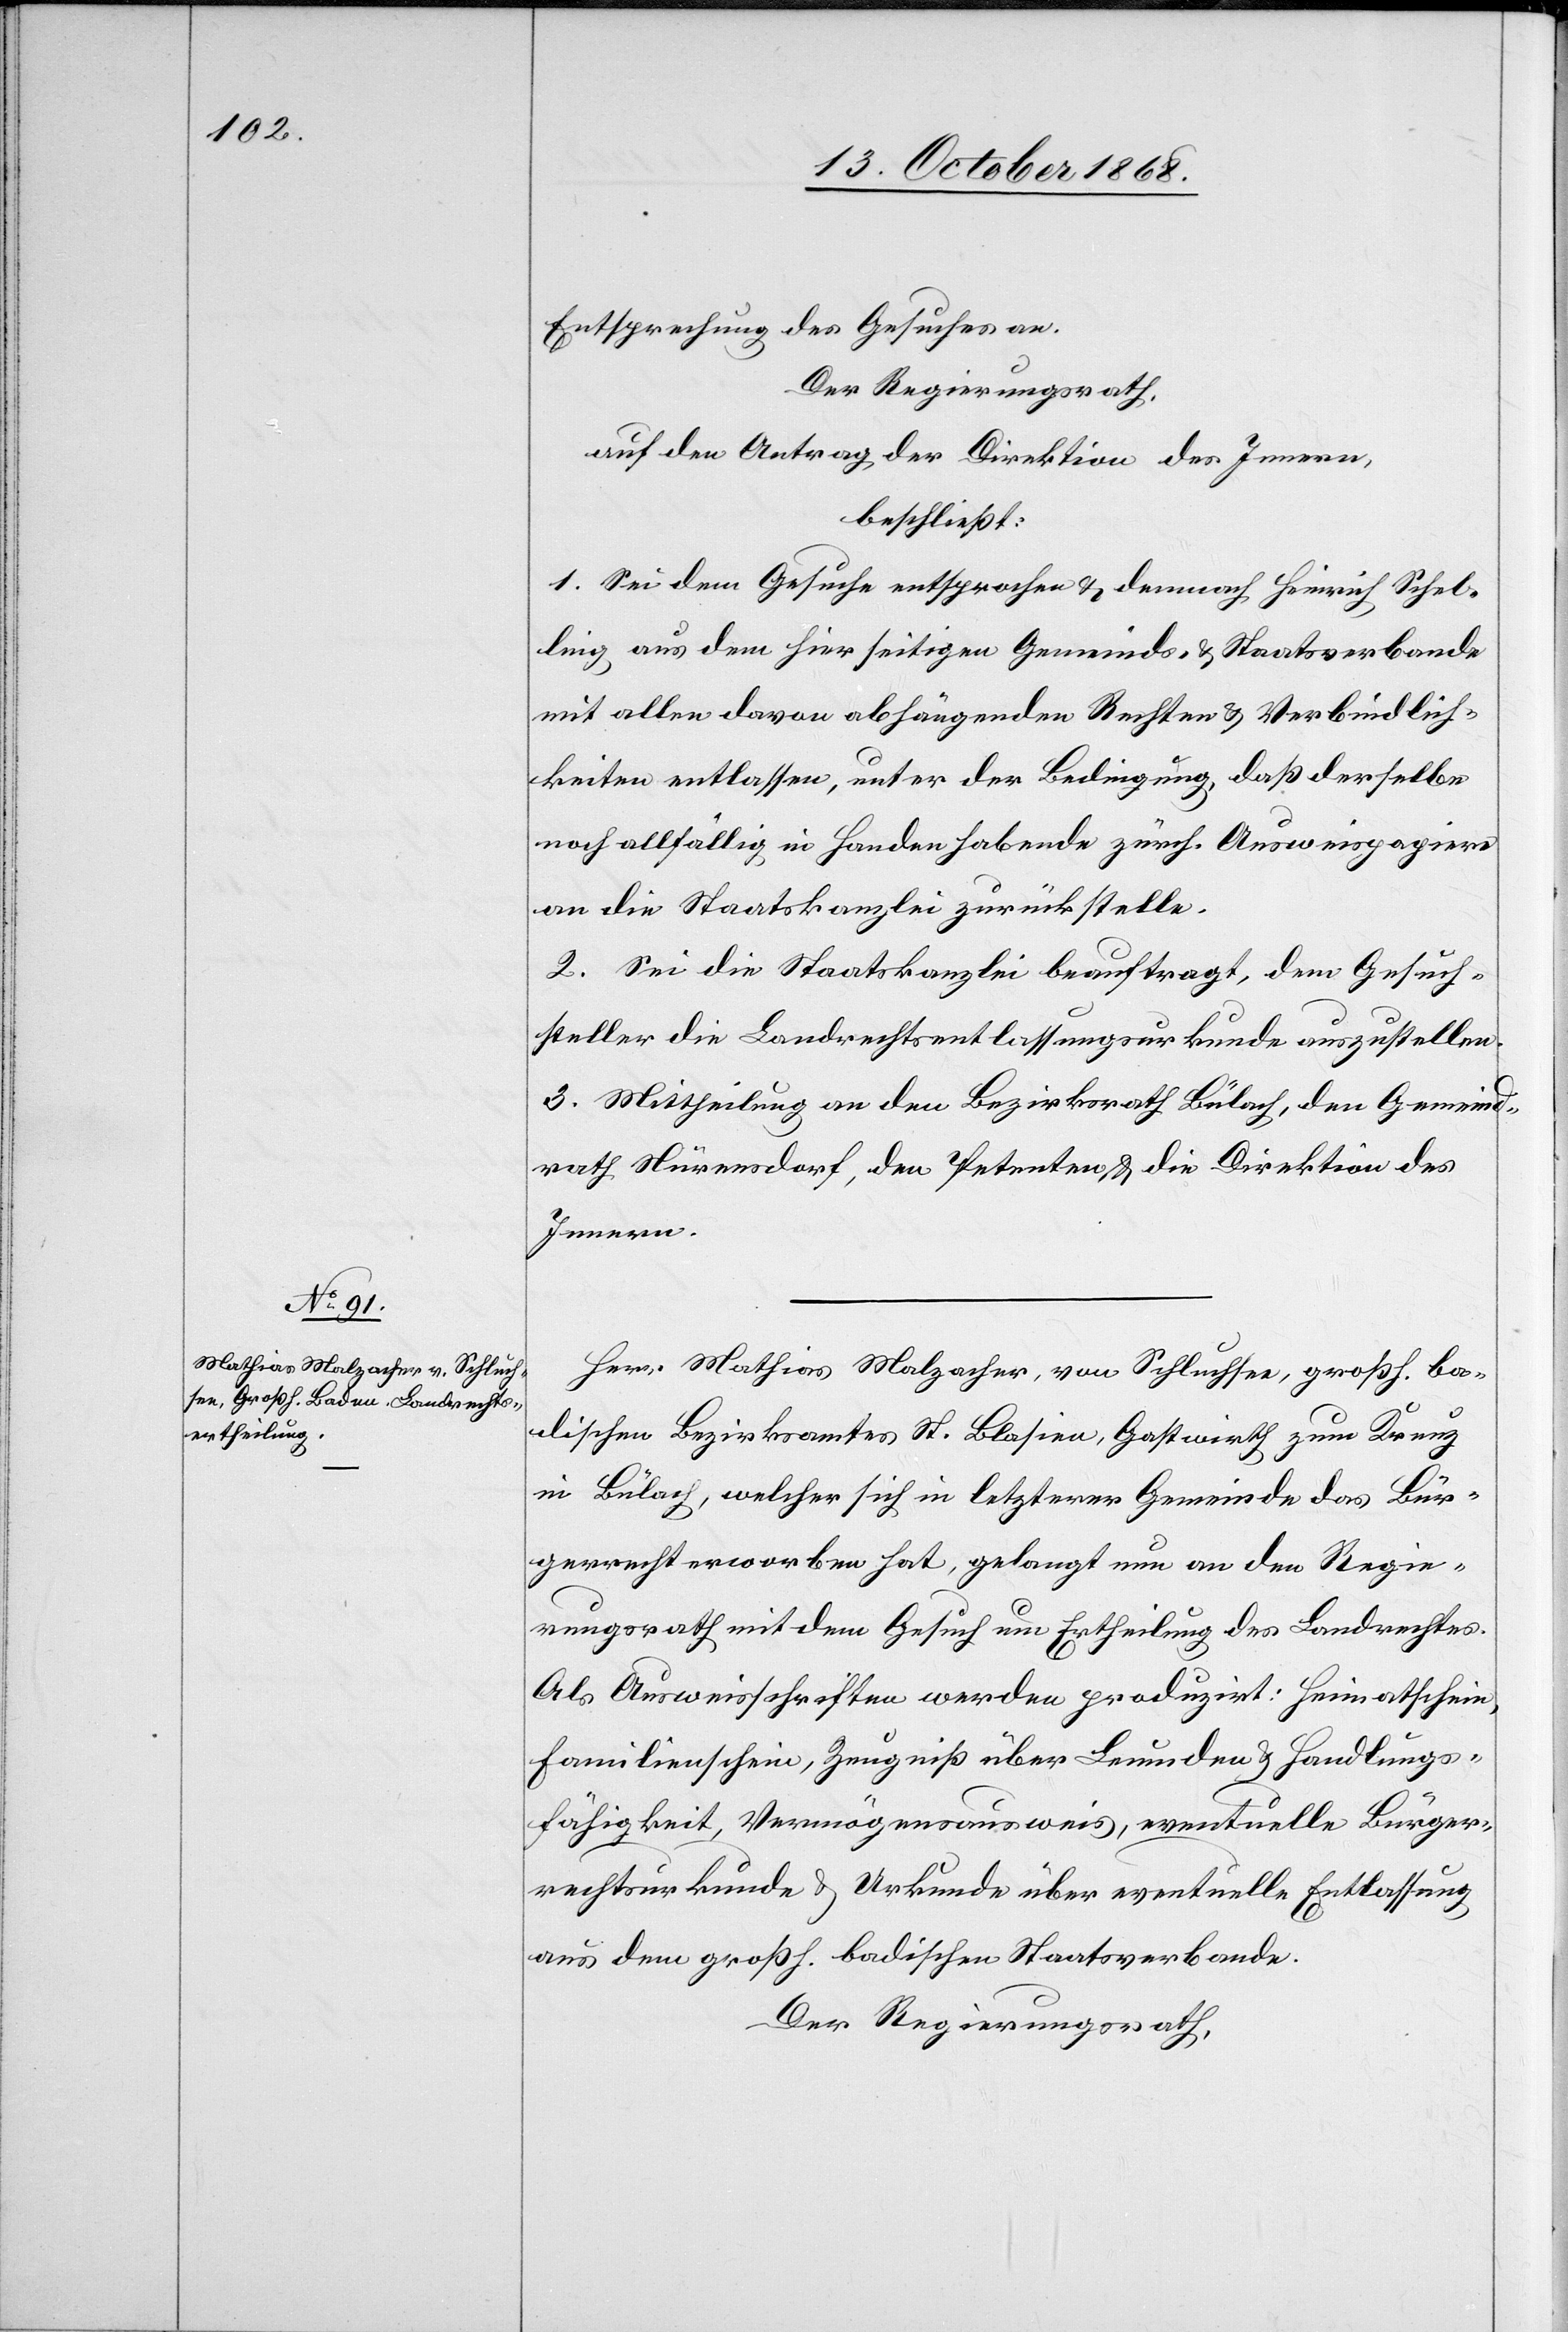
Entsprechung des Gesuches an.
Der Regierungsrath,
auf den Antrag der Direktion des Innern,
beschließt:
1. Sei dem Gesuche entsprochen & demnach Heinrich Schel¬
ling aus dem hierseitigen Gemeinds- & Staatsverbande
mit allen davon abhängenden Rechten & Verbindlich¬
keiten entlassen, unter der Bedingung, daß derselbe
noch allfällig in Handen habende zürch. Ausweispapiere
an die Staatskanzlei zurückstelle.
2. Sei die Staatskanzlei beauftragt, dem Gesuch¬
steller die Landrechtsentlassungsurkunde auszustellen.
3. Mittheilung an den Bezirksrath Bülach, den Gemeind¬
rath Nürensdorf, den Petenten & die Direktion des
Innern.
Herr Mathias Malzacher, von Schluchsee, großh. ba¬
dischen Bezirksamtes St. Blasien, Gastwirth zum Kreuz
in Bülach, welcher sich in letzterer Gemeinde das Bür¬
gerrecht erworben hat, gelangt nun an den Regie¬
rungsrath mit dem Gesuch um Ertheilung des Landrechtes.
Als Ausweisschriften werden produzirt: Heimatschein,
Familienschein, Zeugniß über Leumden & Handlungs¬
fähigkeit, Vermögensausweis, eventuelle Bürger¬
rechtsurkunde & Urkunde über eventuelle Entlassung
aus dem großh. badischen Staatsverbande.
Der Regierungsrath,